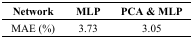
<table><thead><tr><td><b>Network</b></td><td><b>MLP</b></td><td><b>PCA &amp; MLP</b></td></tr></thead><tbody><tr><td>MAE (%)</td><td>3.73</td><td>3.05</td></tr></tbody></table>